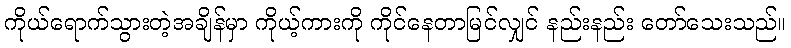
ကိုယ်ရောက်သွားတဲ့အချိန်မှာ ကိုယ့်ကားကို ကိုင်နေတာမြင်လျှင် နည်းနည်း တော်သေးသည်။